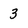
Character: 3